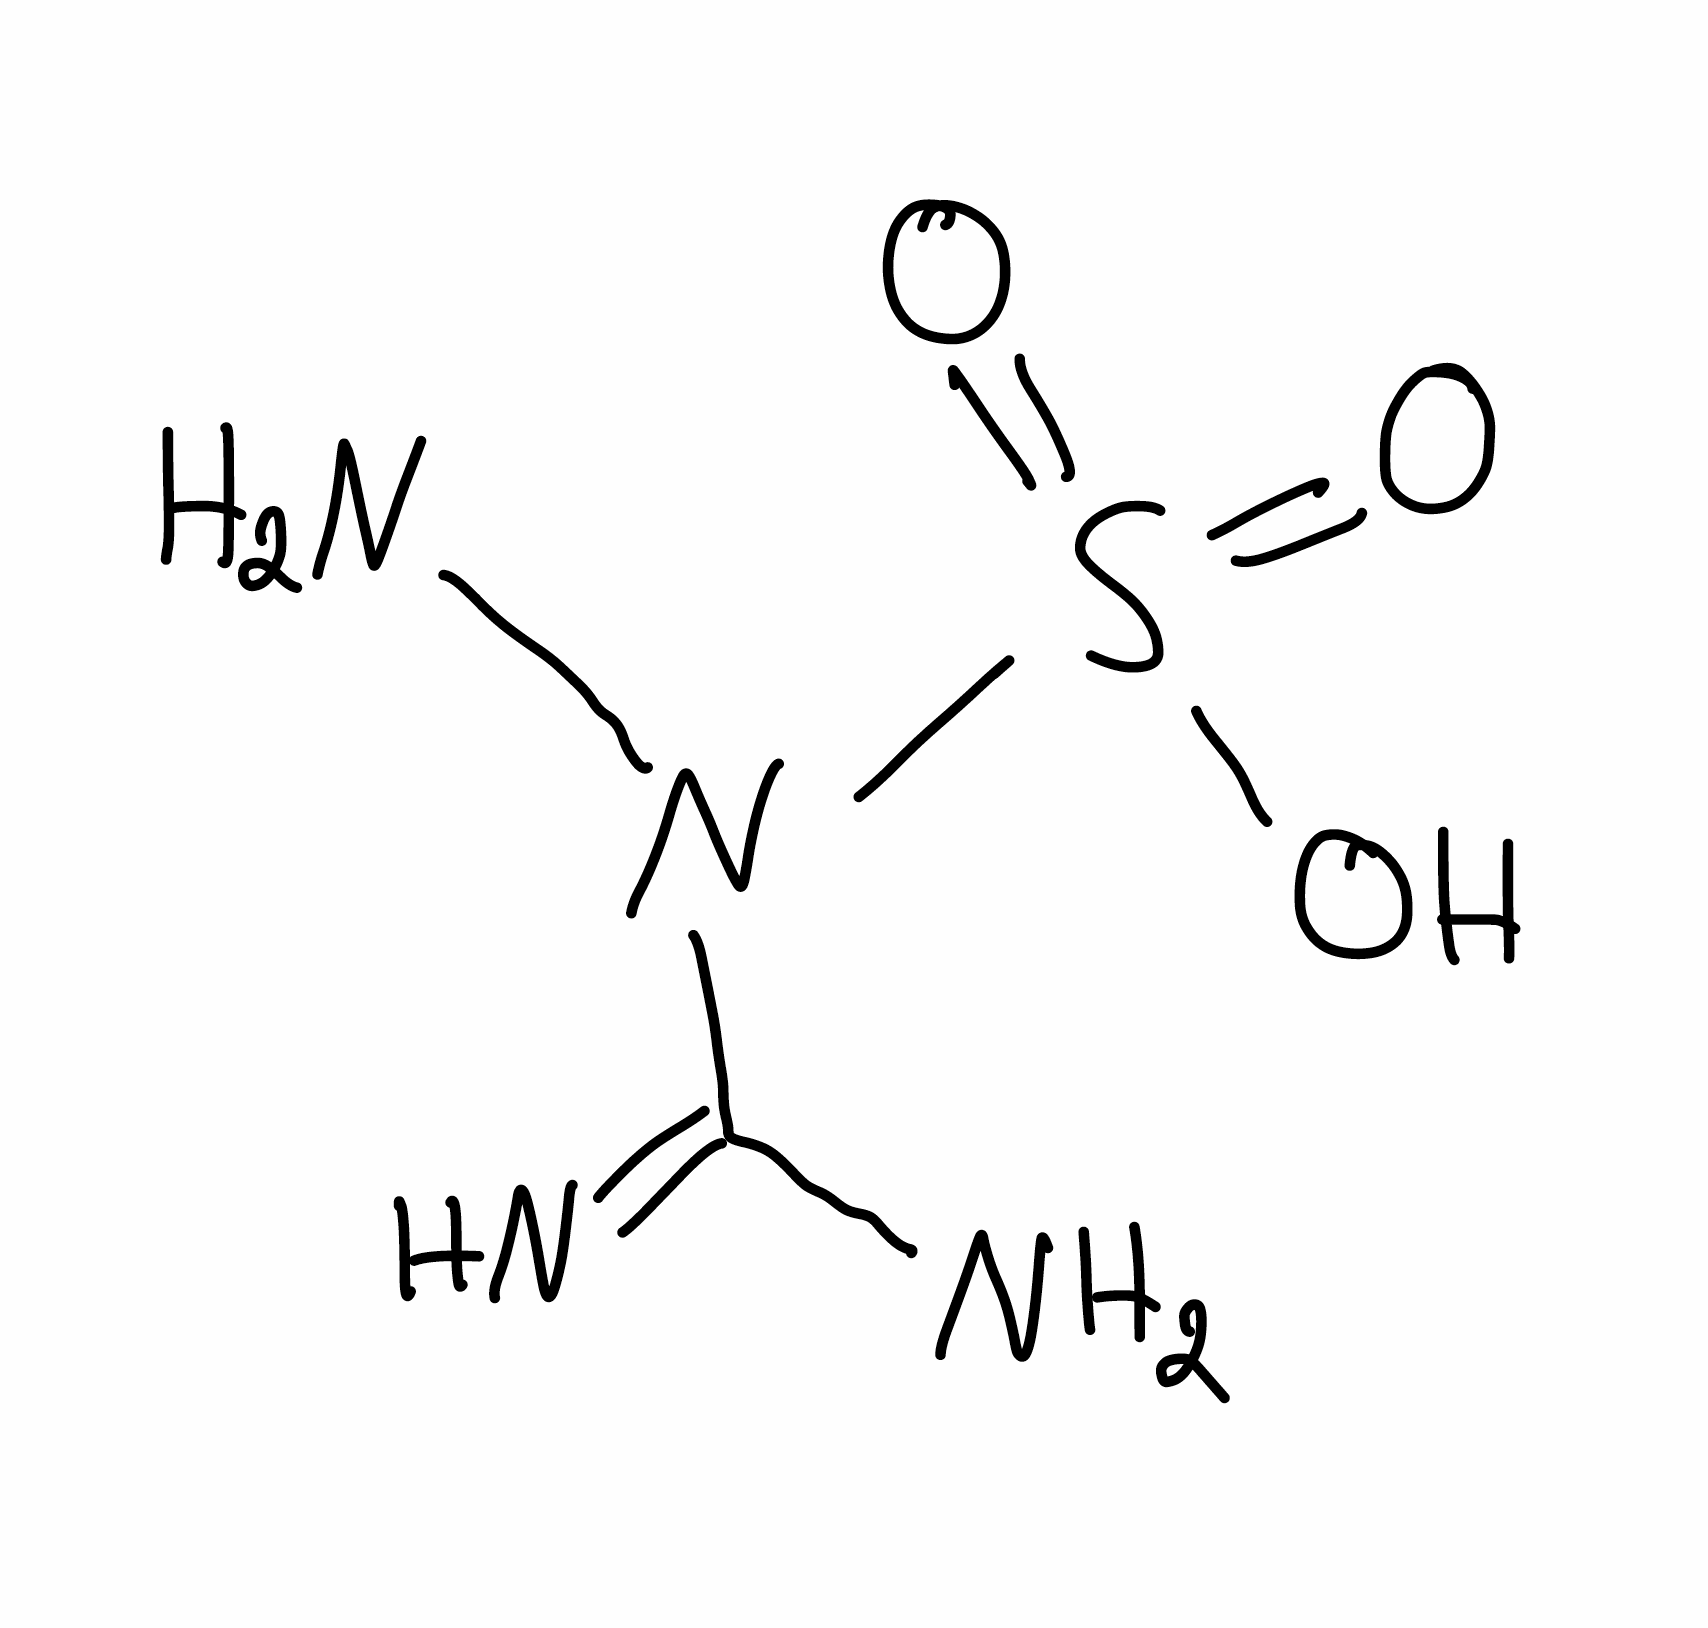
Simplified molecular-input line-entry system (SMILES) notation of the given molecule:
C(=N)(N)N(N)S(=O)(=O)O